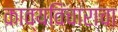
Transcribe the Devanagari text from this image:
काव्यविचाराचा